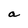
Character: a